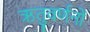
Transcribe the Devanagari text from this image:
ऋतुवर्णनों